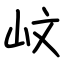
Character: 㞶